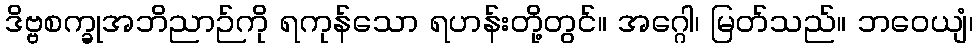
ဒိဗ္ဗစက္ခုအဘိညာဉ်ကို ရကုန်သော ရဟန်းတို့တွင်။ အဂ္ဂေါ၊ မြတ်သည်။ ဘဝေယျံ၊